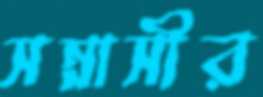
সন্নাসীর